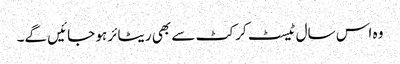
وہ اس سال ٹیسٹ کرکٹ سے بھی ریٹائر ہو جائیں گے۔